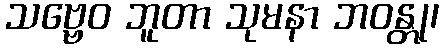
သဗ္ဗေဝ ဘူတာ သုမနာ ဘဝန္တု၊